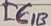
Text: IC1B